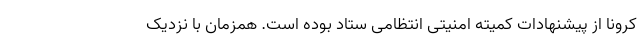
کرونا از پیشنهادات کمیته امنیتی انتظامی ستاد بوده است. همزمان با نزدیک